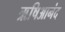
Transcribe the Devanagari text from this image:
ऋषिआनंद